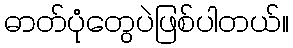
ဓာတ်ပုံတွေပဲဖြစ်ပါတယ်။